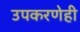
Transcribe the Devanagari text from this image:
उपकरणेही